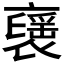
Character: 𧝾